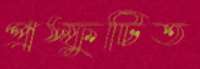
প্রস্ফুটিত